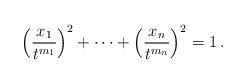
LaTeX: \begin{align*} \left(\frac {x_1}{t^{m_1}}\right)^2+\dots+ \left(\frac {x_n}{t^{m_n}}\right)^2=1\,. \end{align*}